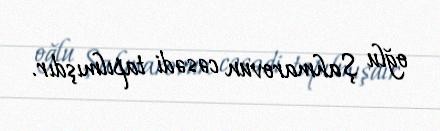
oğlu Şahmarovun cəsədi tapılmışdır.